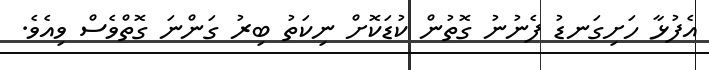
އެފުޅާ ހަށިގަނޑު ފެނުނު ގޮތުން ކުޑަކޮށް ނިކަތު ބިރު ގަންނަ ގޮތްވެސް ވިއެވެ.